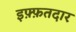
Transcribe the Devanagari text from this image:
इफ़्फ़तदार